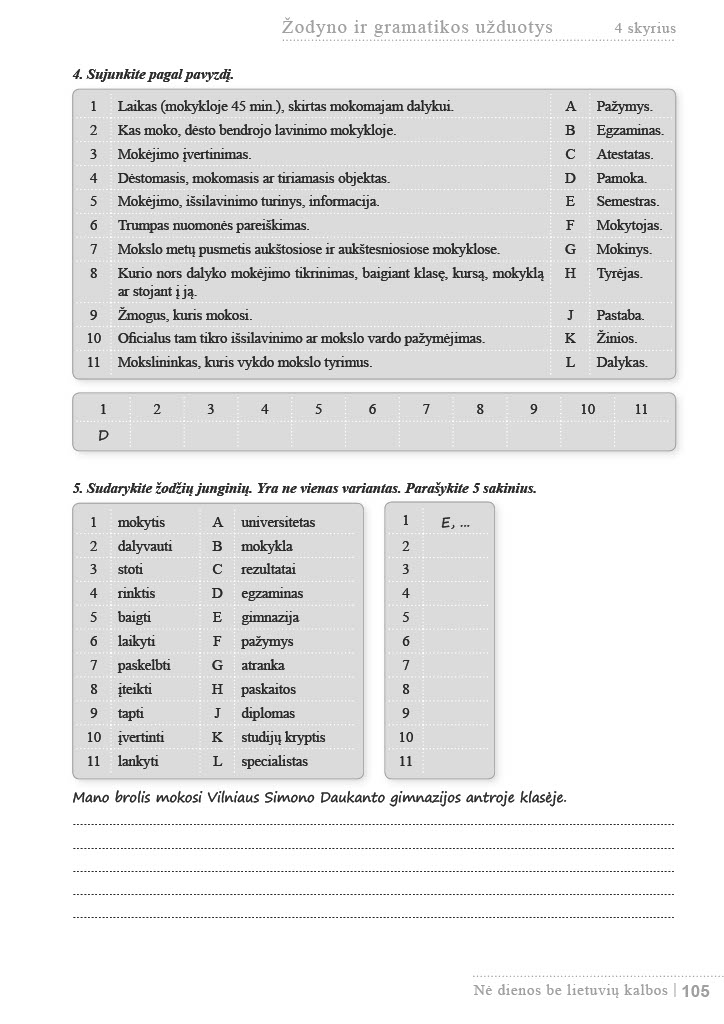
Language: lt